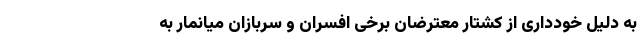
به دلیل خودداری از کشتار معترضان برخی افسران و سربازان میانمار به